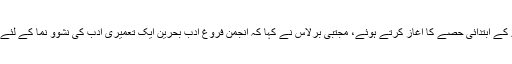
اس عالمی مشاعرے کے ابتدائی حصے کا آغاز کرتے ہوئے، مجتبیٰ برلاس نے کہا کہ انجمن فروغِ ادب بحرین ایک تعمیری ادب کی نشوو نما کے لئے مصروفِ عمل ہے۔